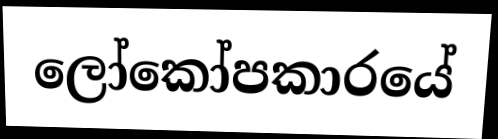
ලෝකෝපකාරයේ